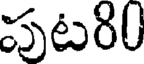
పుట80